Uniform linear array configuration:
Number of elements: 16
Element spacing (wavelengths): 0.75
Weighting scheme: blackman
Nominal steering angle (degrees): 60
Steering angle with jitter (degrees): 59.15
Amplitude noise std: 0.05
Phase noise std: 0.05

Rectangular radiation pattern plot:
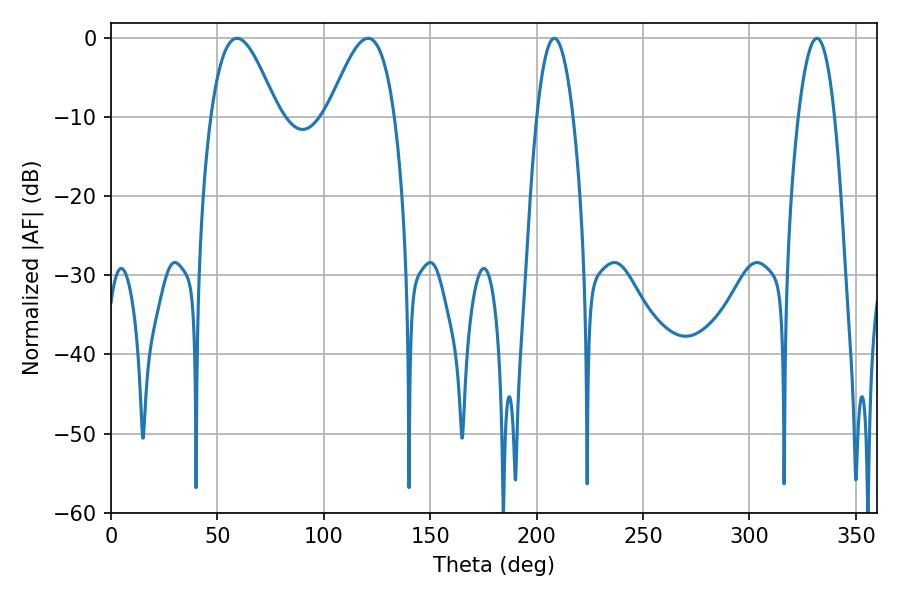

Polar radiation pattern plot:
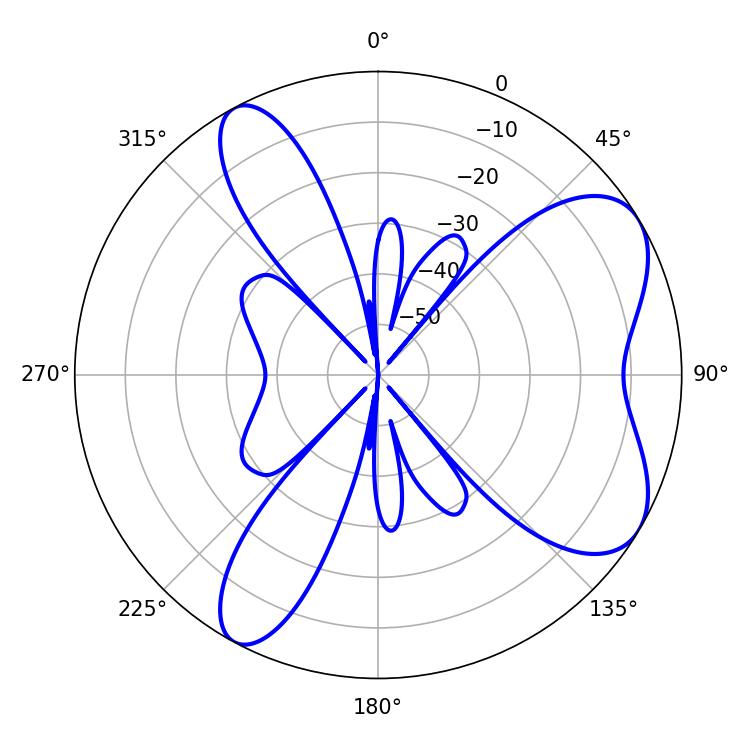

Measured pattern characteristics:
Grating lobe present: TRUE
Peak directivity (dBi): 6.811
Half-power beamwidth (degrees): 16.92
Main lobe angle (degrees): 59.22